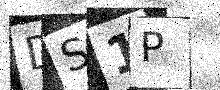
Text: DS1P